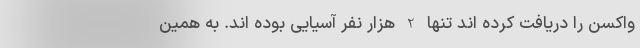
واکسن را دریافت کرده اند تنها 2 هزار نفر آسیایی بوده اند. به همین